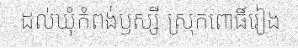
ដល់ឃុំកំពង់ឫស្សី ស្រុកពោធិ៍រៀង